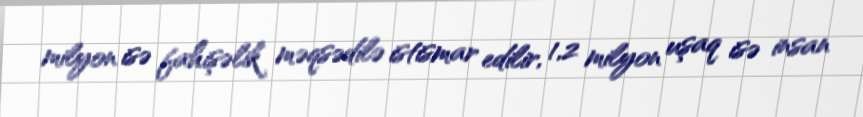
milyon isə fahişəlik məqsədilə istismar edilir, 1,2 milyon uşaq isə insan